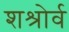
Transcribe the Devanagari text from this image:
शश्रोर्व